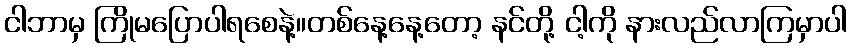
ငါဘာမှ ကြိုမပြောပါရစေနဲ့။တစ်နေ့နေ့တော့ နင်တို့ ငါ့ကို နားလည်လာကြမှာပါ